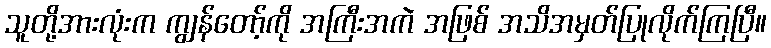
သူတို့အားလုံးက ကျွန်တော့်ကို အကြီးအကဲ အဖြစ် အသိအမှတ်ပြုလိုက်ကြပြီ။